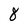
Character: 8